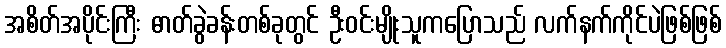
အစိတ်အပိုင်းကြီး ဓာတ်ခွဲခန်းတစ်ခုတွင် ဦးဝင်းမျိုးသူကပြောသည် လက်နက်ကိုင်ပဲဖြစ်ဖြစ်